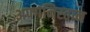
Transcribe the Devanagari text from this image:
अफ्गनिस्तान